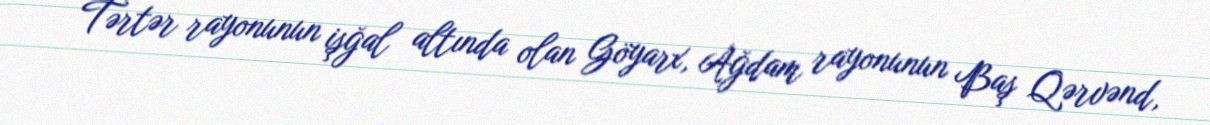
Tərtər rayonunun işğal altında olan Göyarx, Ağdam rayonunun Baş Qərvənd,